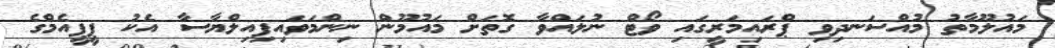
މައުލޫމާތު މުއްސަނދިވި ޕްރައިމަރީގައި ވޯޓް ނުލައްވާ ގޮތަށް މައުމޫން ނިންމަވައިފިއިލްޔާސާ އެކު ޕީޕީއެމްގެ